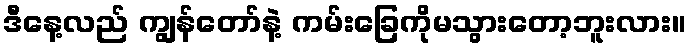
ဒီနေ့လည် ကျွန်တော်နဲ့ ကမ်းခြေကိုမသွားတော့ဘူးလား။